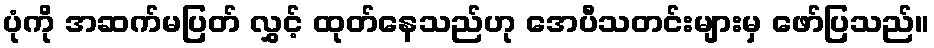
ပုံကို အဆက်မပြတ် လွှင့် ထုတ်နေသည်ဟု အေပီသတင်းများမှ ဖော်ပြသည်။